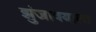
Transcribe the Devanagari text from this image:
झुंजावयाला